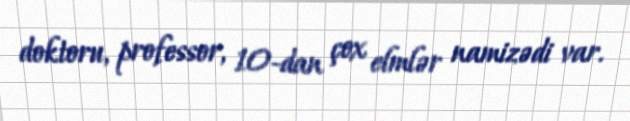
doktoru, professor, 10-dan çox elmlər namizədi var.